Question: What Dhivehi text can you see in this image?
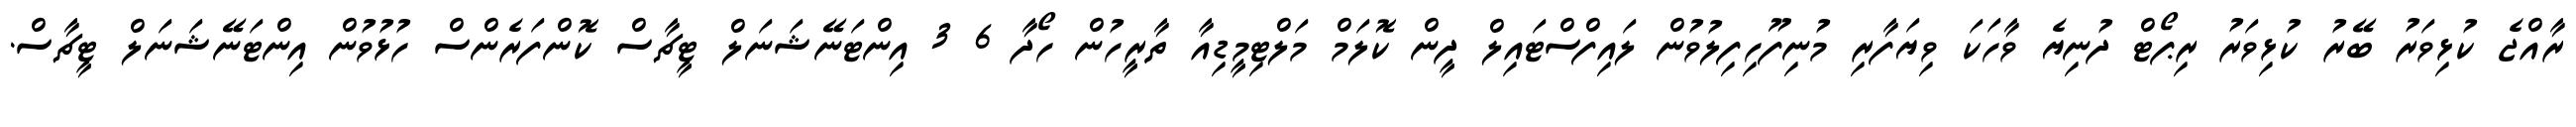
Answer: ރާއްޖެ ކުޅިވަރު ބޭރު ކުޅިވަރު ރިޕޯޓް ދުނިޔެ ވާހަކަ ވިޔަފާރި މުނިފޫހިފިލުވުން ލައިފްސްޓައިލް ދީން ކޮލަމް މަލްޓިމީޑިއާ ތާރީހުން ހޯދާ 6 3 އިންޓަނޭޝަނަލް ޓީޗާސް ކޮންފަރެންސް ހުޅުވުން އިންޓަނޭޝަނަލް ޓީޗާސް.